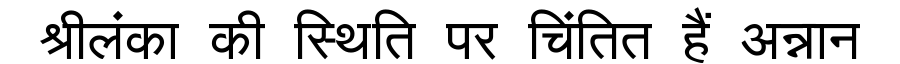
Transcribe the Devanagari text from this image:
श्रीलंका की स्थिति पर चिंतित हैं अन्नान